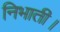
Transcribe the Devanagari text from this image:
निभाती।